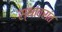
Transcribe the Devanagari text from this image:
स्थावरांत